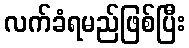
လက်ခံရမည်ဖြစ်ပြီး